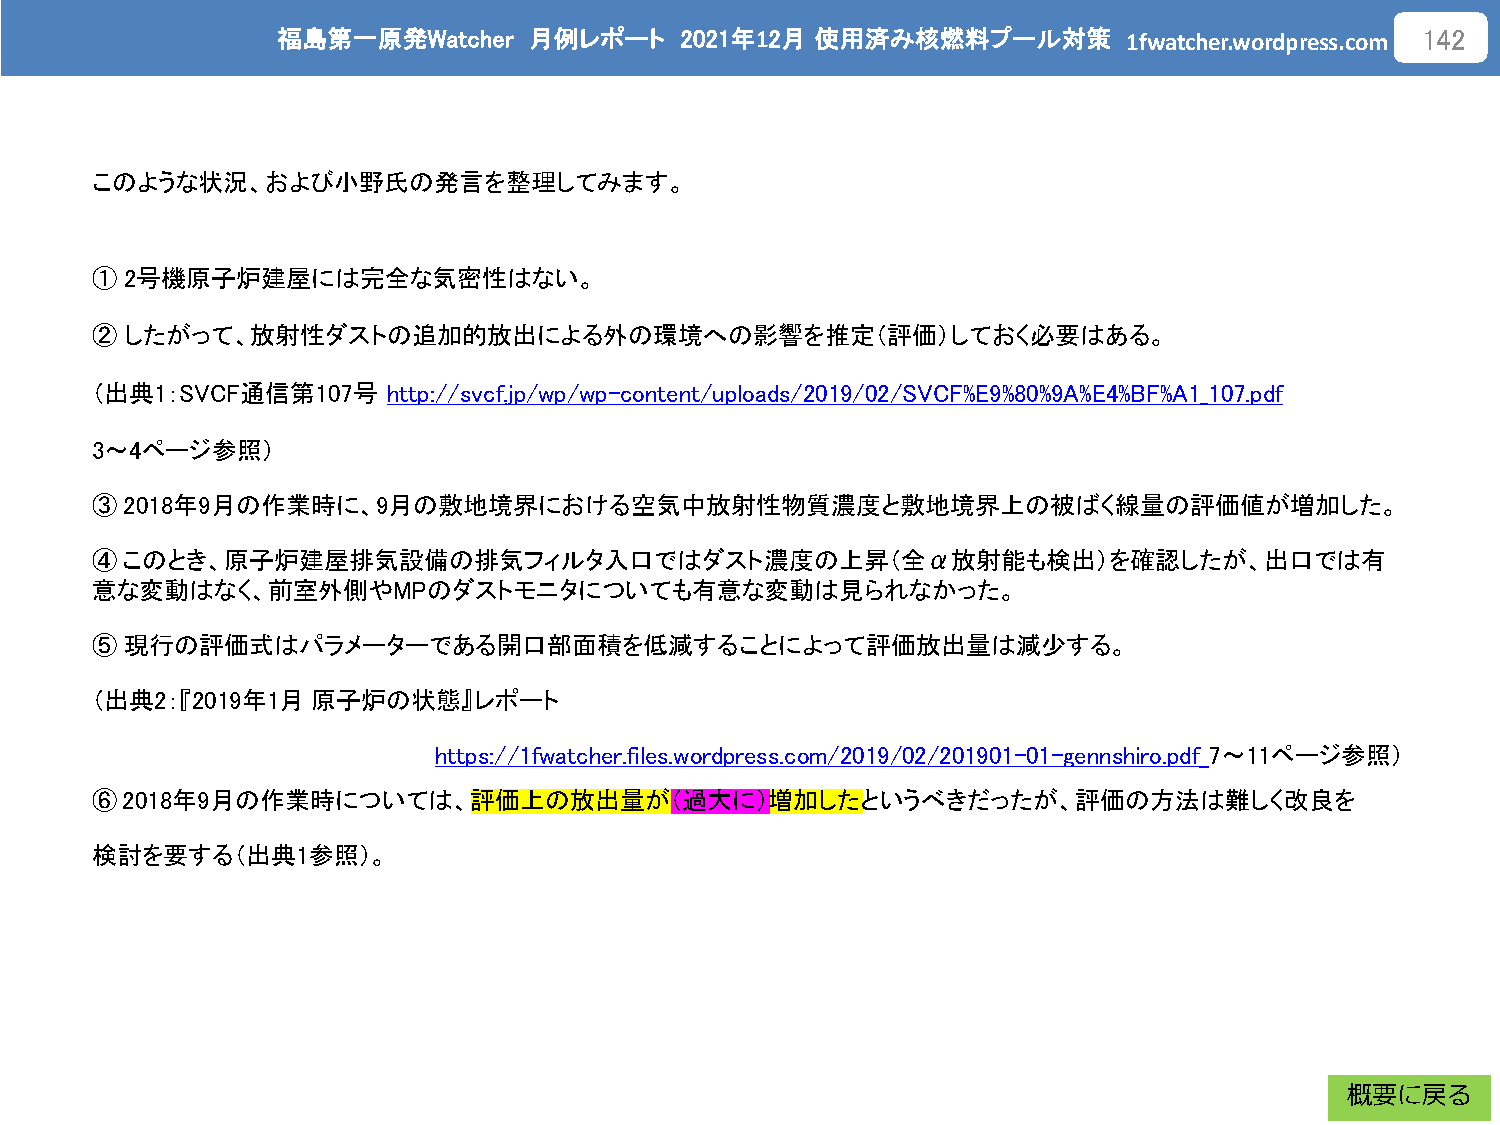
福島第一原発Watcher    月例レポート    2021年12月 使用済み核燃料プール対策
 1fwatcher.wordpress.com
 142
 このような状況、および小野氏の発言を整理してみます。
 ① 2号機原子炉建屋には完全な気密性はない。
 ② したがって、放射性ダストの追加的放出による外の環境への影響を推定（評価）しておく必要はある。
 （出典1：SVCF通信第107号    http://svcf.jp/wp/wp-content/uploads/2019/02/SVCF%E9%80%9A%E4%BF%A1_107.pdf
 3～4ページ参照）
 ③ 2018年9月の作業時に、9月の敷地境界における空気中放射性物質濃度と敷地境界上の被ばく線量の評価値が増加した。
 ④このとき、原子炉建屋排気設備の排気フィルタ入口ではダスト濃度の上昇（全α放射能も検出）を確認したが、出口では有
 意な変動はなく、前室外側やMPのダストモニタについても有意な変動は見られなかった。
 ⑤ 現行の評価式はパラメーターである開口部面積を低減することによって評価放出量は減少する。
 （出典2：『2019年1月  原子炉の状態』レポート
 https://1fwatcher.files.wordpress.com/2019/02/201901-01-gennshiro.pdf 7～11ページ参照）
 ⑥2018年9月の作業時については、評価上の放出量が（過大に）増加したというべきだったが、評価の方法は難しく改良を
 検討を要する（出典1参照）。
 概要に戻る